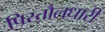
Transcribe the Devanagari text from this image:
पिस्तौलधारी